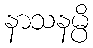
နာသနမ္ပိ